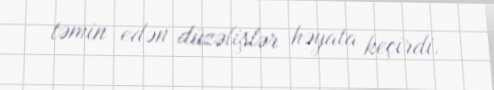
təmin edən düzəlişlər həyata keçirdi.